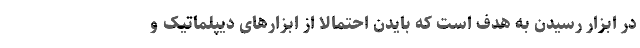
در ابزار رسیدن به هدف است که بایدن احتمالا از ابزارهای دیپلماتیک و